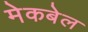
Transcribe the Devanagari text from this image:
मेकबेल